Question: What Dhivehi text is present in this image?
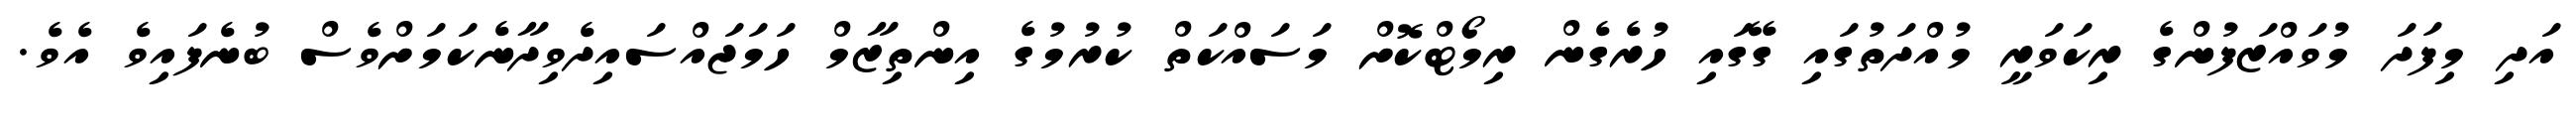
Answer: އަދި މިފަދަ މުވައްޒަފުންގެ ރިކަވަރީ މުއްދަތުގައި ގޭގައި ހުރެގެން ރިމޯޓްކޮށް މަސައްކަތް ކުރުމުގެ އިންތިޒާމް ހަމަޖައްސައިދެވިދާނެކަމަށްވެސް ބުނެފައިވެ އެވެ.